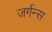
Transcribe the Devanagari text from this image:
जर्गन्स